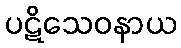
ပဋိသေဝနာယ